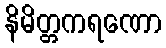
နိမိတ္တကရဏော